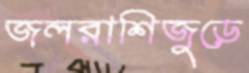
জলরাশিজুড়ে